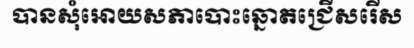
បានសុំអោយសភាបោះឆ្នោតជ្រើសរើស